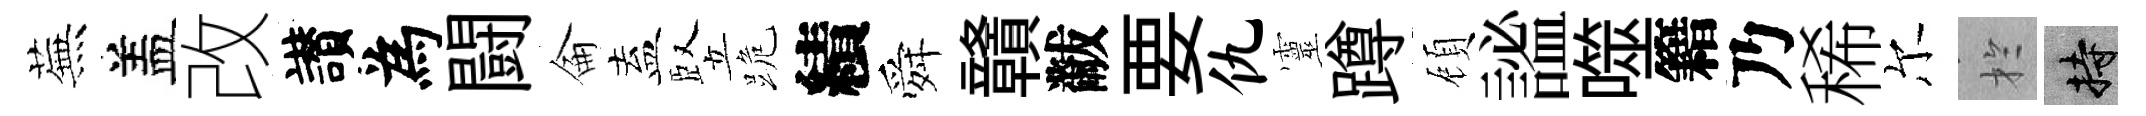
蕪盖改讃為闘侖盍竪跪績舜贛黻要仇靈蹲頋謐噬籍乃稀尔扵持